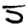
Digit: 5